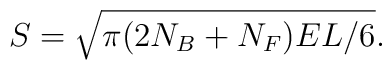
S=\sqrt{\pi(2N_B+N_F)EL/6}.